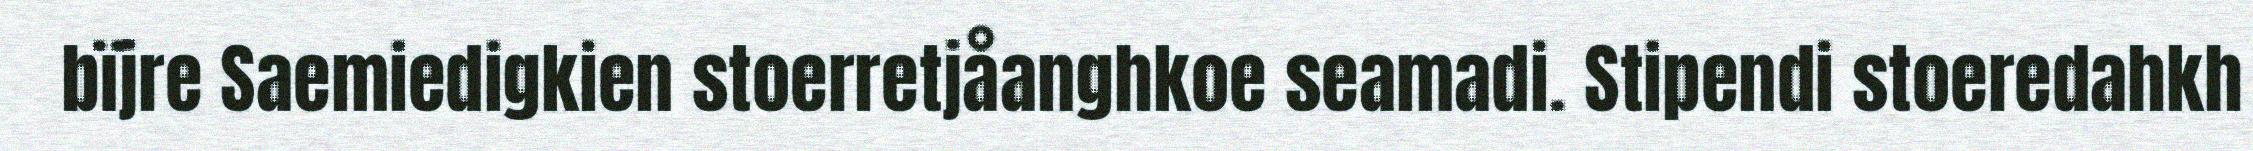
bïjre Saemiedigkien stoerretjåanghkoe seamadi. Stipendi stoeredahkh